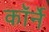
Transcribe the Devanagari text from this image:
कॉर्ने